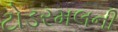
ટોડરમલની